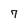
Character: 7